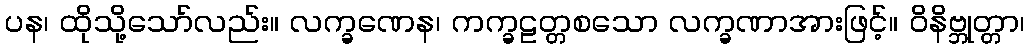
ပန၊ ထိုသို့သော်လည်း။ လက္ခဏေန၊ ကက္ခဠတ္တစသော လက္ခဏာအားဖြင့်။ ဝိနိဗ္ဘုတ္တာ၊